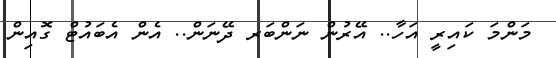
މަންމަ ކައިރީ އަހާ.. އޭރުން ނަންބަރ ދޭނަން.. އެން އެބައުޓް ގޮއިން